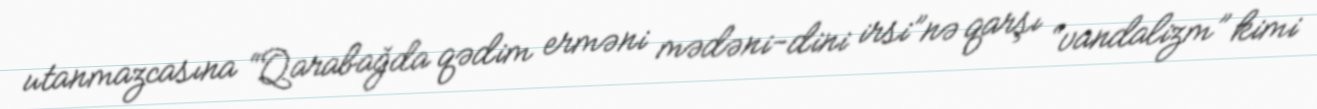
utanmazcasına “Qarabağda qədim erməni mədəni-dini irsi”nə qarşı “vandalizm” kimi